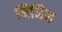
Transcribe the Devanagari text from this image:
मिनिन